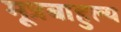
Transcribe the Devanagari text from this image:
मूत्रबाहुल्य